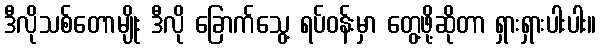
ဒီလိုသစ်တောမျိုး ဒီလို ခြောက်သွေ့ ရပ်ဝန်းမှာ တွေ့ဖို့ဆိုတာ ရှားရှားပါးပါး။